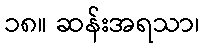
၁၈။ ဆန်းအရသာ၊